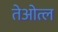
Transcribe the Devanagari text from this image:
तेओत्ल